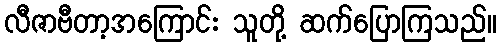
လီဇာဗီတာ့အကြောင်း သူတို့ ဆက်ပြောကြသည်။